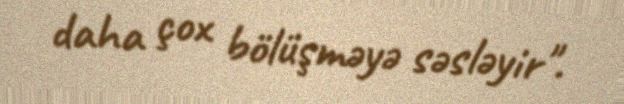
daha çox bölüşməyə səsləyir".